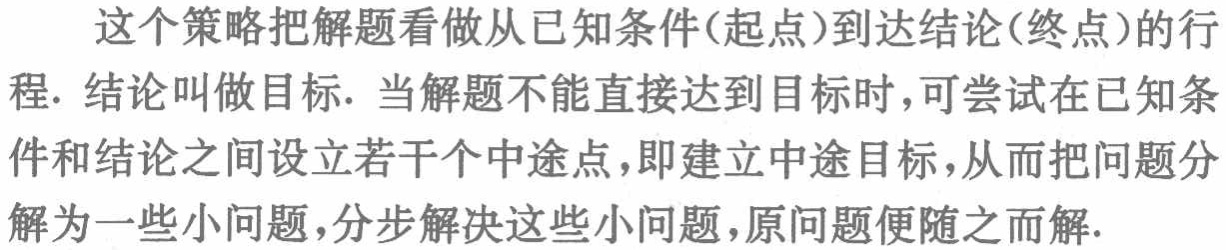
这个策略把解题看做从已知条件(起点)到达结论(终点)的行程. 结论叫做目标. 当解题不能直接达到目标时，可尝试在已知条件和结论之间设立若干个中途点，即建立中途目标，从而把问题分解为一些小问题，分步解决这些小问题，原问题便随之而解.